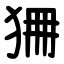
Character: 狦